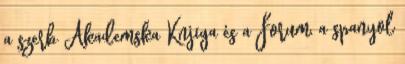
a szerb Akademska Knjiga és a Forum, a spanyol